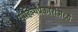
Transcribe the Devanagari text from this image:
साहित्यप्रकारांमध्ये